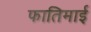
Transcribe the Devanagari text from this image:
फातिमाई